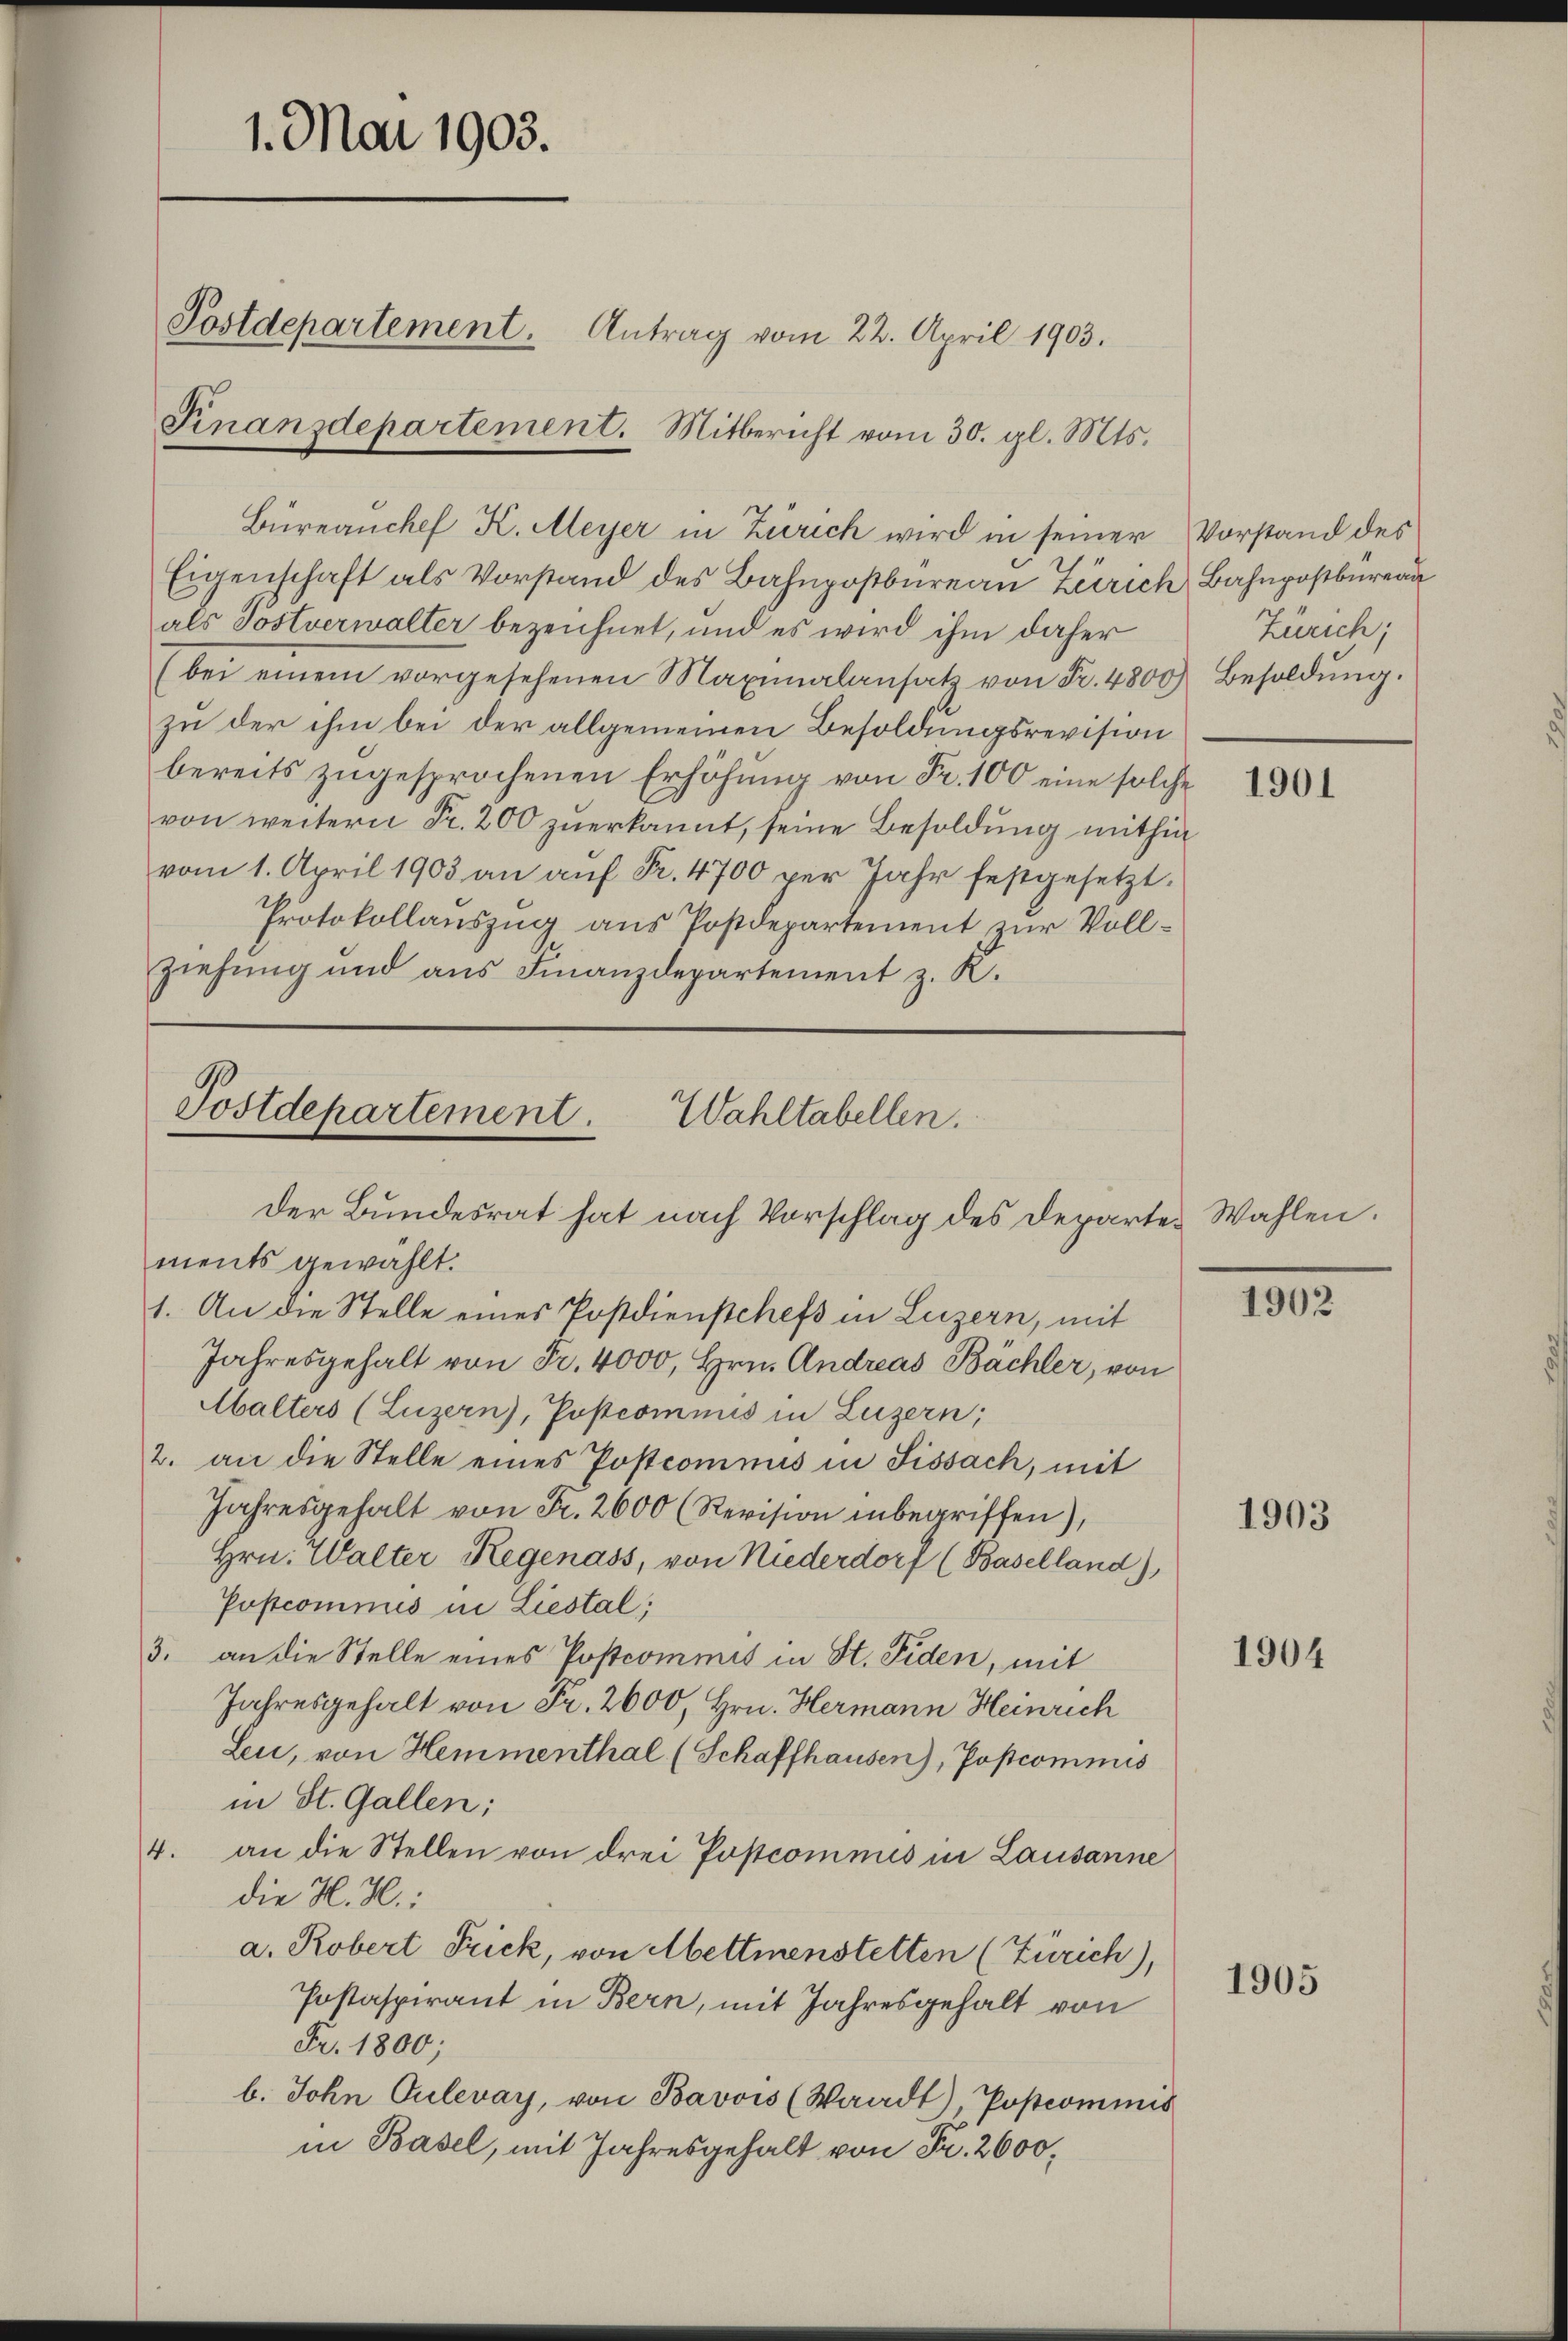
1. Mai 1903.
Postdepartement. Antrag vom 22. April 1903.
Finanzdepartement. Mitbericht vom 30. gl. Mts.

Eigenschaft als Vorstand des Bahnpostbureau Zürich Bahnpostburea
als Postverwalter bezeichnet, und es wird ihm daher
(bei einem vorgesehenen Maximalansatz von Fr. 4800 Besoldŭng.
zu der ihm bei der allgemeinen Besoldungsrevision
bereits zugesprochenen Erhöhung von Fr. 100 eine solche
von weitern Fr. 200 zuerkannt, seine Besoldung mithin
vom 1. April 1903 an auf Fr. 4700 per Jahr festgesetzt.
Protokollauszug aus Postdepartement zur Vollziehung und aus Finanzdepartement z. K.

Postdepartement. Wahltabellen.
der Bundesrat hat nach Vorschlag des Departes Wahlen.
ments gewählt.
1. An die Stelle eines Postdienstchefs in Luzern, mit
Jahresgehalt von Fr. 4000, Hrn. Andreas Bächler, von

Malters (Luzern), Postcommis in Luzern;
2. an die Stelle eines Postcomnus in Fissach, mit
Jahresgehalt von Fr. 2600 (Revision inbegriffen),
Hrn. Walter Regenass, von Niederdorf (Baselland),
Postcomnus in Liestal;
3. an die Stelle eines Postcommis in St. Fiden, mit
Jahresgehalt von Fr. 2600, Hrn. Hermann Heinrich
Leu, von Hemmenthal (Schaffhausen), Postcommis
in St. Gallen;
4. an die Stellen von drei Postcommis in Lausanne
die H.H.:
a. Robert Frick, von Mettmenstetten (Zürich),
Postaspirant in Bern, mit Jahresgehalt von
Fr. 1800;
b. John Culevay, von Bavvis (Waadt), (...)commis
in Basel, mit Jahresgehalt von Fr. 2600,

Büreauchef K. Meyer in Zürich wird in seiner

Vorstand des
Zürich;

1901

1902

1903

1904

1905